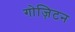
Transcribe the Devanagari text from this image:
गोज़िटन